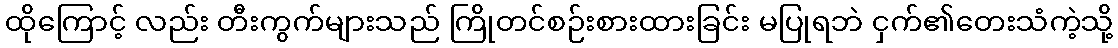
ထိုကြောင့် လည်း တီးကွက်များသည် ကြိုတင်စဉ်းစားထားခြင်း မပြုရဘဲ ငှက်၏တေးသံကဲ့သို့